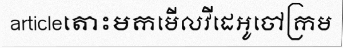
articleតោះមកមើលវីដេអូចៅក្រម